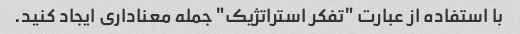
با استفاده از عبارت "تفکر استراتژیک" جمله معناداری ایجاد کنید.